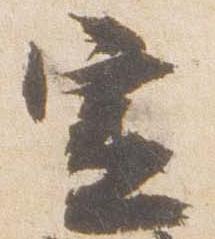
宣